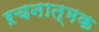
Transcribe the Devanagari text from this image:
ऱचनात्मक